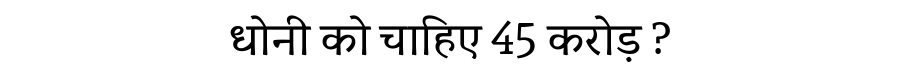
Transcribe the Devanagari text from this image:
धोनी को चाहिए 45 करोड़ ?